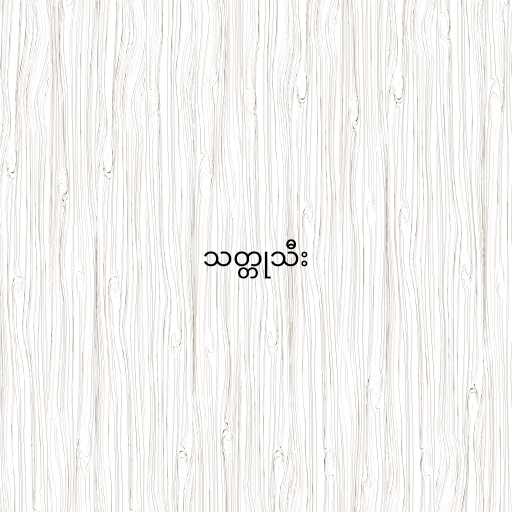
သတ္တုသီး